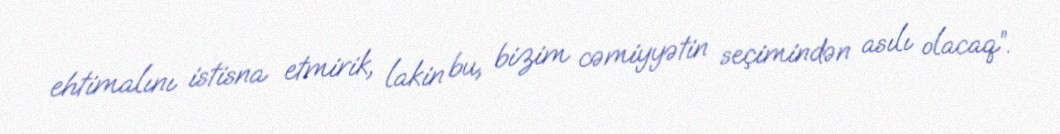
ehtimalını istisna etmirik, lakin bu, bizim cəmiyyətin seçimindən asılı olacaq”.